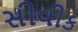
સીવીક